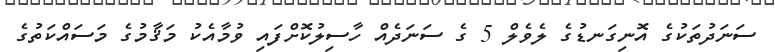
ސަނަދުތަކުގެ އޮނިގަނޑުގެ ލެވެލް 5 ގެ ސަނަދެއް ހާސިލުކޮށްފައި ވުމާއެކު މަޤާމުގެ މަސައްކަތުގެ